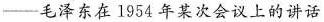
——毛泽东在1954年某次会议上的讲话